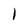
Character: 1